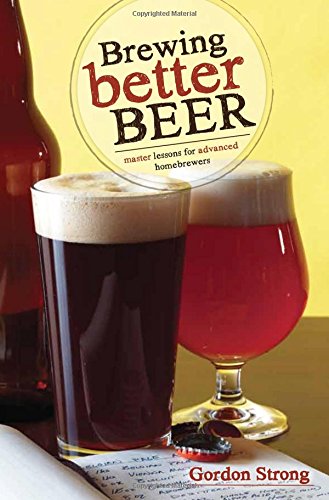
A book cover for Brewing Better Beer: Master Lessons for Advanced Homebrewers; Gordon Strong; Cookbooks, Food & Wine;